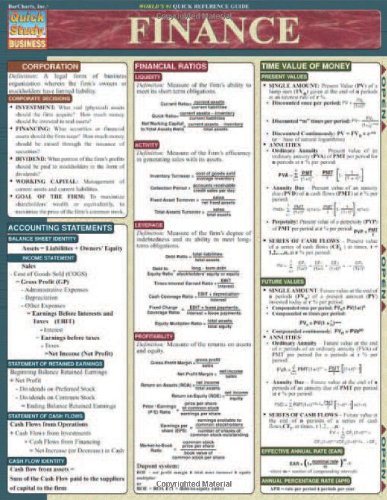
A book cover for Finance (Quickstudy: Business); Inc. BarCharts; Business & Money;